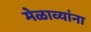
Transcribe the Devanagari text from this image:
मेळाव्यांना